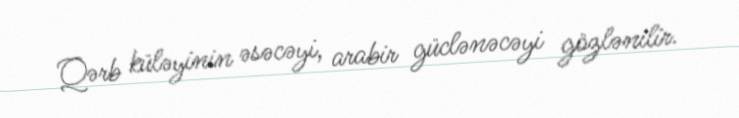
Qərb küləyinin əsəcəyi, arabir güclənəcəyi gözlənilir.